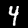
Digit: 4